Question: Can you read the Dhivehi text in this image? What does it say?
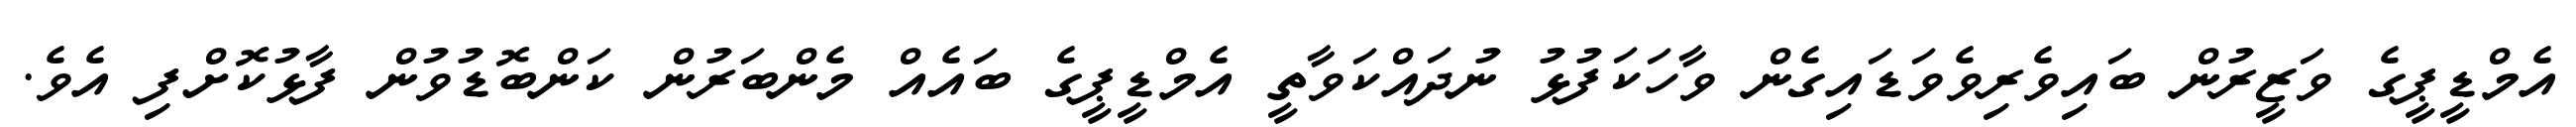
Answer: އެމްޑީޕީގެ ވަޒީރުން ބައިވެރިވެވަޑައިގެން ވާހަކަފުޅު ނުދައްކަވާތީ އެމްޑީޕީގެ ބައެއް މެންބަރުން ކަންބޮޑުވުން ފާޅުކޮށްފި އެވެ.